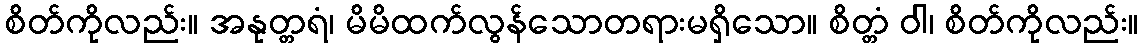
စိတ်ကိုလည်း။ အနုတ္တရံ၊ မိမိထက်လွန်သောတရားမရှိသော။ စိတ္တံ ဝါ၊ စိတ်ကိုလည်း။